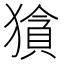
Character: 𱮜